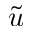
\tilde { u }